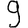
Digit: 9